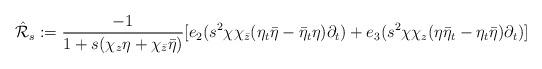
LaTeX: \begin{align*}\hat{\mathcal{R}}_s:=\frac{-1}{1+s(\chi_z\eta+\chi_{\bar{z}}\bar{\eta})}[e_2(s^2\chi\chi_{\bar{z}}(\eta_t\bar{\eta}-\bar{\eta}_t\eta)\partial_t)+e_3(s^2\chi\chi_z(\eta \bar{\eta}_t-\eta_t\bar{\eta})\partial_t)]\end{align*}